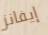
إيفانز